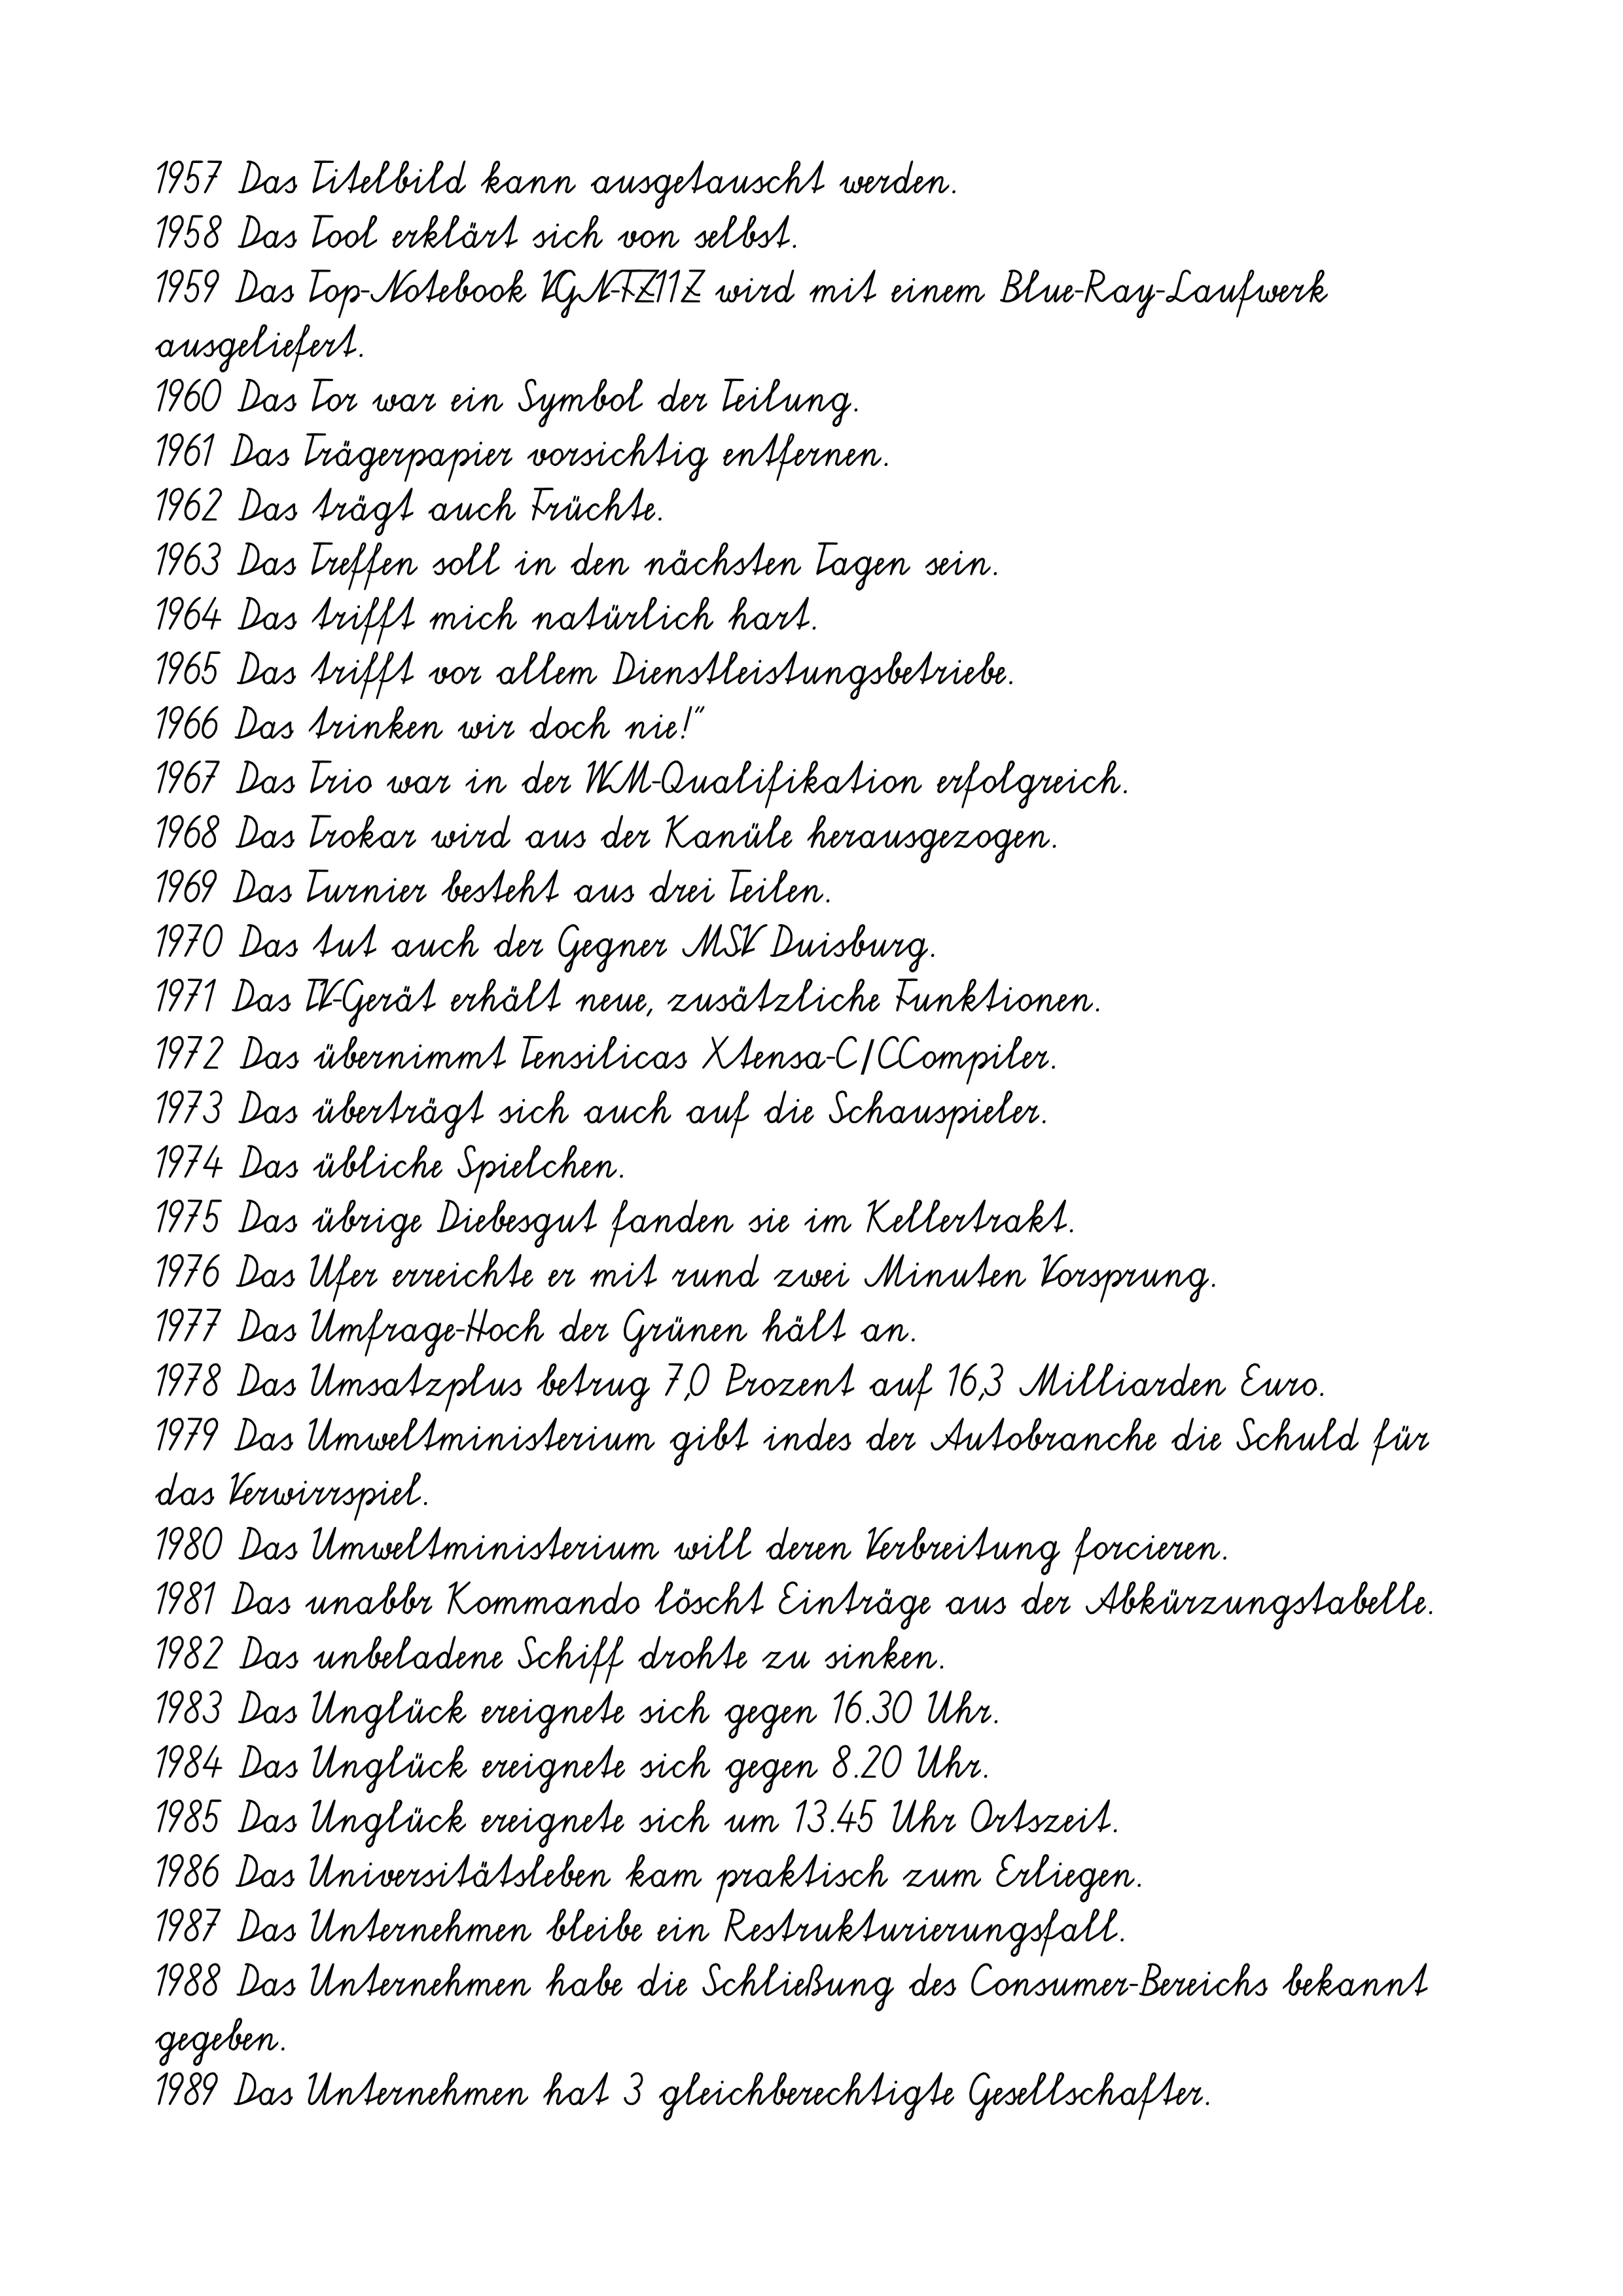
1957 Das Titelbild kann ausgetauscht werden.
1958 Das Tool erklärt sich von selbst.
1959 Das Top-Notebook VGN-FZ11Z wird mit einem Blue-Ray-Laufwerk
ausgeliefert.
1960 Das Tor war ein Symbol der Teilung.
1961 Das Trägerpapier vorsichtig entfernen.
1962 Das trägt auch Früchte.
1963 Das Treffen soll in den nächsten Tagen sein.
1964 Das trifft mich natürlich hart.
1965 Das trifft vor allem Dienstleistungsbetriebe.
1966 Das trinken wir doch nie!"
1967 Das Trio war in der WM-Qualifikation erfolgreich.
1968 Das Trokar wird aus der Kanüle herausgezogen.
1969 Das Turnier besteht aus drei Teilen.
1970 Das tut auch der Gegner MSV Duisburg.
1971 Das TV-Gerät erhält neue, zusätzliche Funktionen.
1972 Das übernimmt Tensilicas Xtensa-C/CCompiler.
1973 Das überträgt sich auch auf die Schauspieler.
1974 Das übliche Spielchen.
1975 Das übrige Diebesgut fanden sie im Kellertrakt.
1976 Das Ufer erreichte er mit rund zwei Minuten Vorsprung.
1977 Das Umfrage-Hoch der Grünen hält an.
1978 Das Umsatzplus betrug 7,0 Prozent auf 16,3 Milliarden Euro.
1979 Das Umweltministerium gibt indes der Autobranche die Schuld für das
Verwirrspiel.
1980 Das Umweltministerium will deren Verbreitung forcieren.
1981 Das unabbr Kommando löscht Einträge aus der Abkürzungstabelle.
1982 Das unbeladene Schiff drohte zu sinken.
1983 Das Unglück ereignete sich gegen 16.30 Uhr.
1984 Das Unglück ereignete sich gegen 8.20 Uhr.
1985 Das Unglück ereignete sich um 13.45 Uhr Ortszeit.
1986 Das Universitätsleben kam praktisch zum Erliegen.
1987 Das Unternehmen bleibe ein Restrukturierungsfall.
1988 Das Unternehmen habe die Schließung des Consumer-Bereichs bekannt
gegeben.
1989 Das Unternehmen hat 3 gleichberechtigte Gesellschafter.